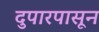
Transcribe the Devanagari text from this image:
दुपारपासून